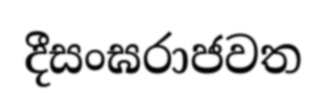
දීසංඝරාජවත